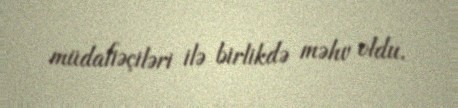
müdafiəçiləri ilə birlikdə məhv oldu.